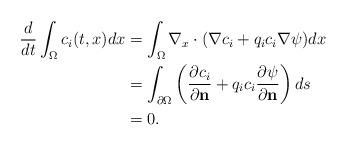
LaTeX: \begin{align*}\frac{d}{dt}\int_{\Omega}c_i(t, x)dx & =\int_{\Omega} \nabla_x \cdot( \nabla c_i +q_ic_i \nabla \psi)dx \\& =\int_{\partial \Omega} \left(\frac{\partial c_i}{\partial \textbf{n}}+q_i c_i \frac{\partial \psi}{\partial \textbf{n}} \right) ds \\&=0.\end{align*}